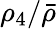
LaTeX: \rho_{4}/\bar{\rho}